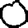
Digit: 0